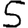
Digit: 5